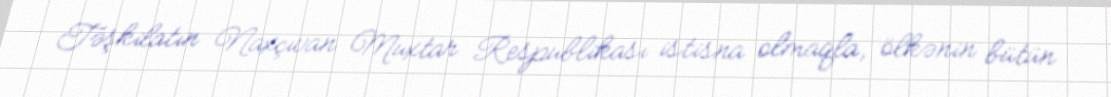
Təşkilatın Naxçıvan Muxtar Respublikası istisna olmaqla, ölkənin bütün